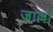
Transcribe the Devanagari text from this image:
जाल्ला